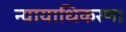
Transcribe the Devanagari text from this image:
न्यायाधिकरण।